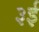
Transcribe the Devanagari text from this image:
३ई